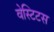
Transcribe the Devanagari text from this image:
वेस्टिटस